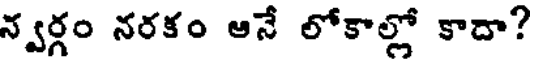
న్వర్గం నరకం ఆనే లోకాల్లో కాదా?